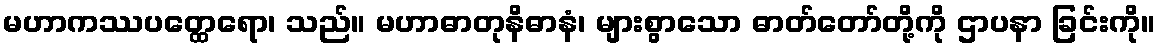
မဟာကဿပတ္ထေရော၊ သည်။ မဟာဓာတုနိဓာနံ၊ များစွာသော ဓာတ်တော်တို့ကို ဌာပနာ ခြင်းကို။